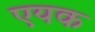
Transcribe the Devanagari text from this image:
एयक